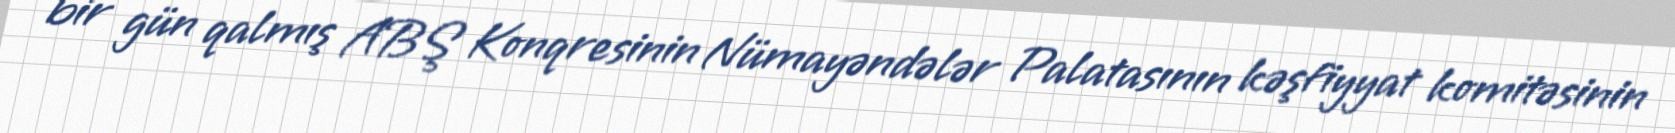
bir gün qalmış ABŞ Konqresinin Nümayəndələr Palatasının kəşfiyyat komitəsinin